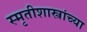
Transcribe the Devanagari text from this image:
स्मृतीशास्त्रांच्या